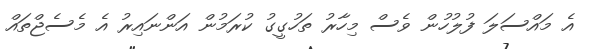
އެ މައްސަލަ ފުލުހުން ވެސް މިހާރު ތަހުގީގު ކުރަމުން އަންނައިރު އެ މެސެޖްތައް